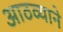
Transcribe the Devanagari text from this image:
आठव्याने